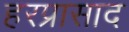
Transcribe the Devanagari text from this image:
हरप्रासाद